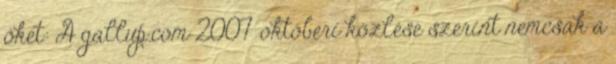
őket: A gallup.com 2007 októberi közlése szerint nemcsak a